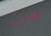
نورث